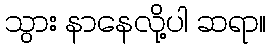
သွား နာနေလို့ပါ ဆရာ။